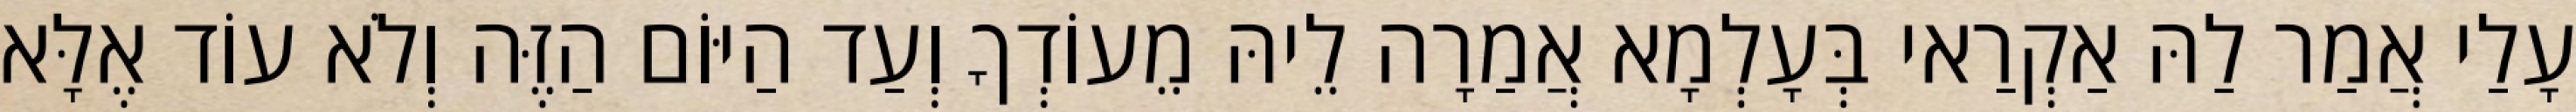
עָלַי אֲמַר לַהּ אַקְרַאי בְּעָלְמָא אֲמַרָה לֵיהּ מֵעוֹדְךָ וְעַד הַיּוֹם הַזֶּה וְלֹא עוֹד אֶלָּא